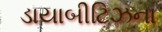
ડાયાબીટિઝના